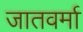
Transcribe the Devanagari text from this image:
जातवर्मा